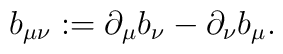
b_{\mu\nu}:=\partial_\mu b_\nu - \partial_\nu b_\mu .